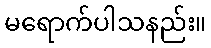
မရောက်ပါသနည်း။